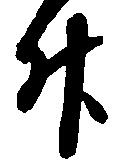
升